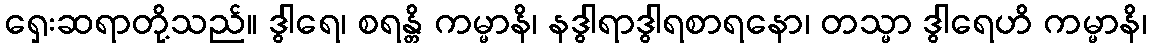
ရှေးဆရာတို့သည်။ ဒွါရေ၊ စရန္တိ ကမ္မာနိ၊ နဒွါရာဒွါရစာရနော၊ တသ္မာ ဒွါရေဟိ ကမ္မာနိ၊